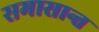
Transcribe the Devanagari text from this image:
समासान्त